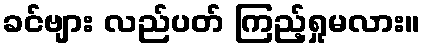
ခင်ဗျား လည်ပတ် ကြည့်ရှုမလား။